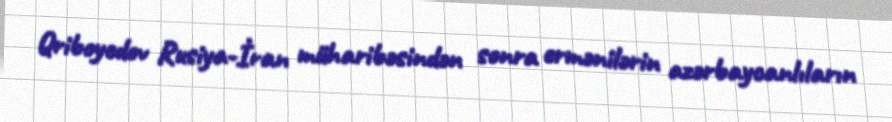
Qriboyedov Rusiya-İran müharibəsindən sonra ermənilərin azərbaycanlıların